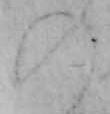
の